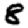
Digit: 8